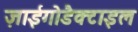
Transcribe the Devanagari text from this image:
ज़ाईगोडैक्टाइल